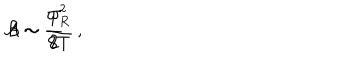
LaTeX: { \cal A } \sim \frac { \omega _ { R } ^ { 2 } } { 8 T } \, , \hspace { 0 . 5 c m } { \cal B } \sim \frac { T } { 2 } \, .